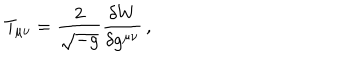
T _ { \mu \nu } = \frac { 2 } { \sqrt { - g } } \frac { \delta W } { \delta g ^ { \mu \nu } } \, ,